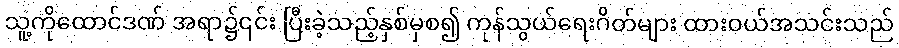
သူ့ကိုထောင်ဒဏ် အရာ၌၎င်း ပြီးခဲ့သည့်နှစ်မှစ၍ ကုန်သွယ်ရေးဂိတ်များ ထားဝယ်အသင်းသည်